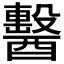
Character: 𨣗